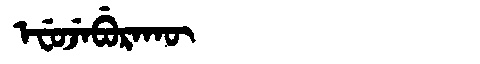
Manchu: ᡝᠸᡠᠵᡝᠪᡠᡵᠠᡴᡡ
Romanization: EFUJEBURAKŪ